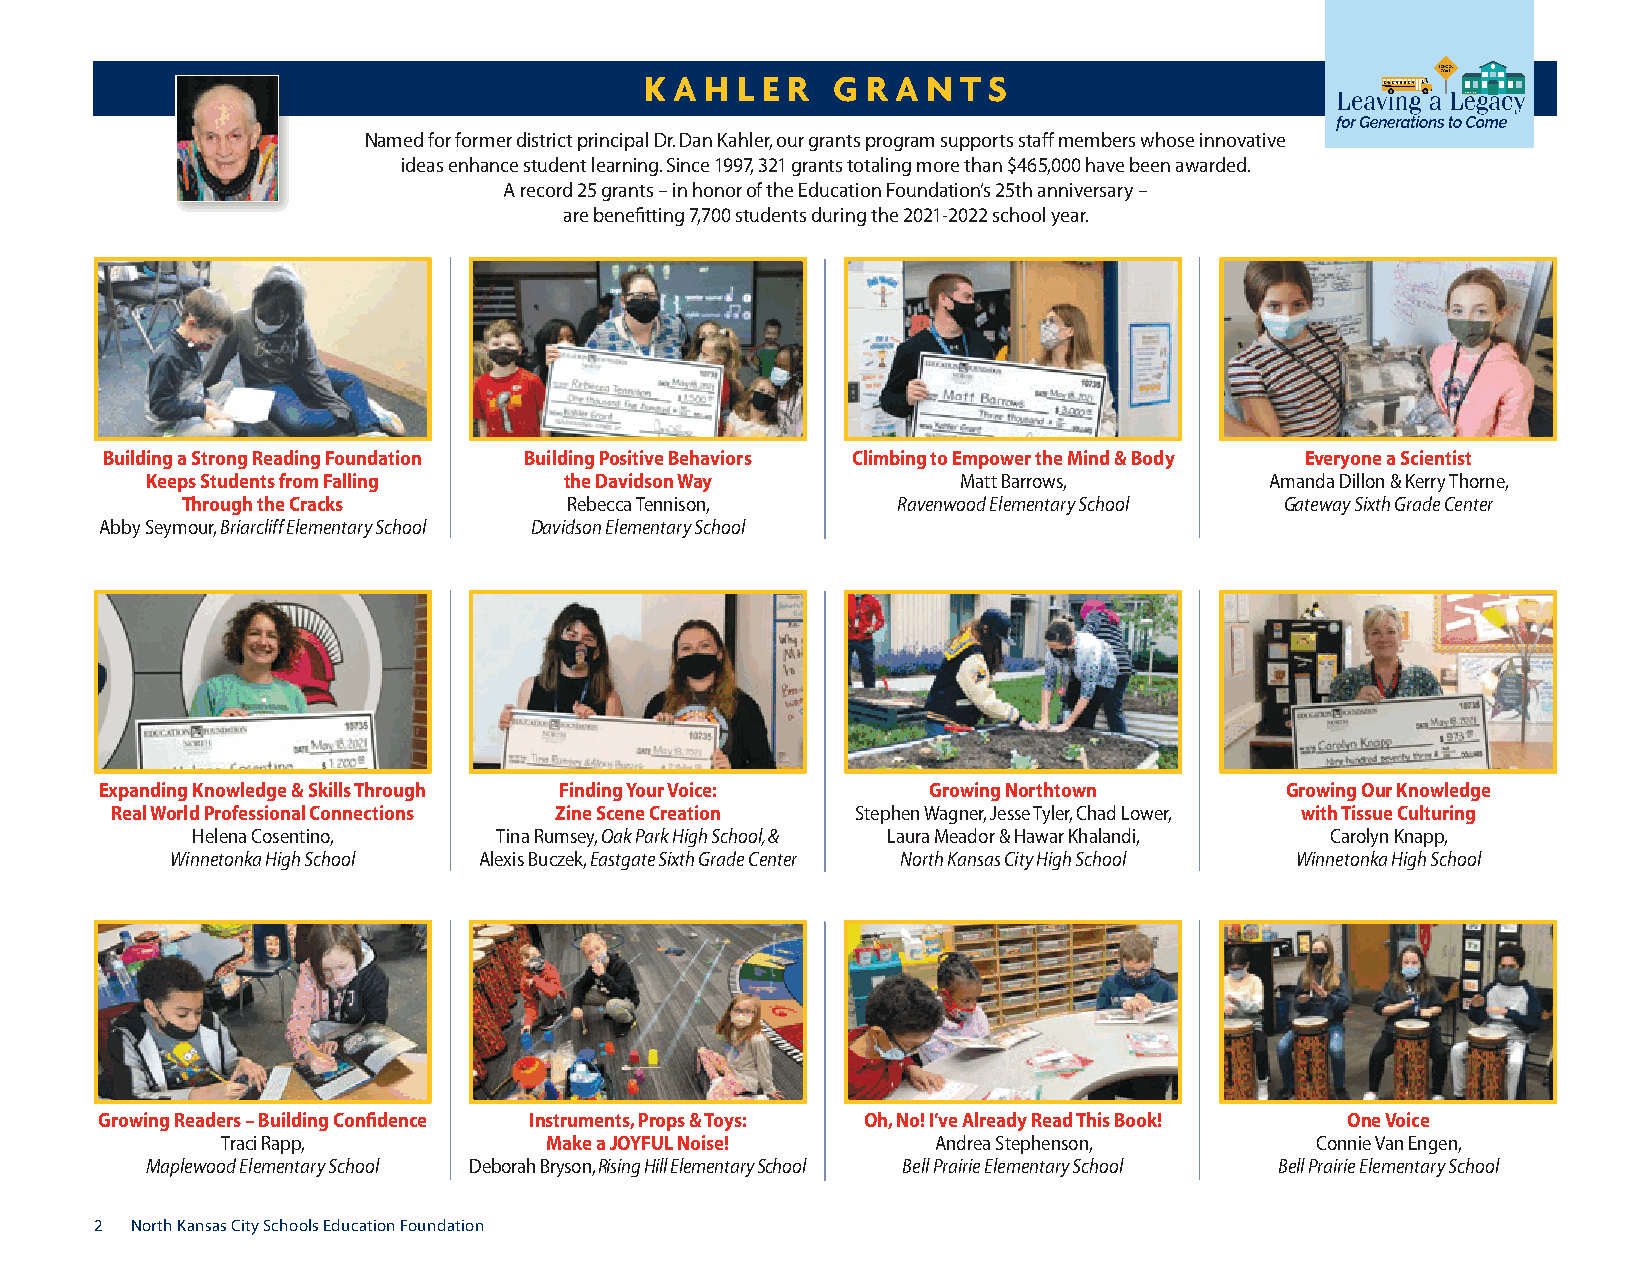
k a h L e r G r a n  t s
 Named for former district principal Dr. Dan Kahler, our grants program supports staff members whose innovative
 ideas enhance student learning. Since 1997, 321 grants totaling more than $465,000 have been awarded.
 A record 25 grants – in honor of the Education Foundation’s 25th anniversary –
 are benefitting 7,700 students during the 2021-2022 school year.
 Building a Strong Reading Foundation Building positive Behaviors Climbing to Empower the Mind & Body Everyone a Scientist
 Keeps Students from Falling the Davidson way          Matt Barrows,       Amanda Dillon & Kerry Thorne,
 Through the Cracks        Rebecca Tennison,    Ravenwood Elementary School Gateway Sixth Grade Center
 Abby Seymour, Briarcliff Elementary School Davidson Elementary School
 Expanding Knowledge & Skills Through Finding Your voice: Growing northtown    Growing our Knowledge
 Real world professional Connections Zine Scene Creation Stephen Wagner, Jesse Tyler, Chad Lower, with Tissue Culturing
 Helena Cosentino,   Tina Rumsey, Oak Park High School, & Laura Meador & Hawar Khalandi, Carolyn Knapp,
 Winnetonka High School Alexis Buczek, Eastgate Sixth Grade Center North Kansas City High School Winnetonka High School
 Growing Readers – Building Confidence instruments, props & Toys: oh, no! i’ve Already Read This Book! one voice
 Traci Rapp,          Make a JoYFul noise!      Andrea Stephenson,       Connie Van Engen,
 Maplewood Elementary School Deborah Bryson, Rising Hill Elementary School Bell Prairie Elementary School Bell Prairie Elementary School
 2  North Kansas City Schools Education Foundation